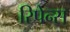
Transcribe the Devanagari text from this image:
रिपेन्स